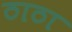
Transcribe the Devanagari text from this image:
ठाठा